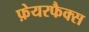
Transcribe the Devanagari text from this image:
फ़ेयरफैक्स